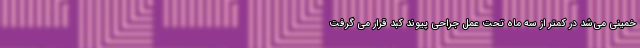
خمینی می‌شد در کمتر از سه ماه تحت عمل جراحی پیوند کبد قرار می گرفت